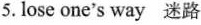
5. lose one's way 迷路